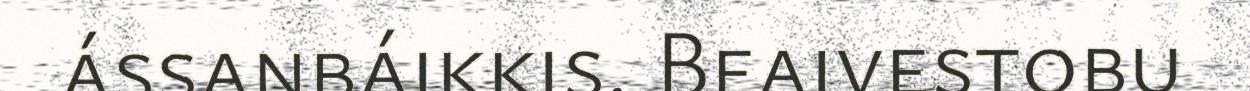
ássanbáikkis. Beaivestobu